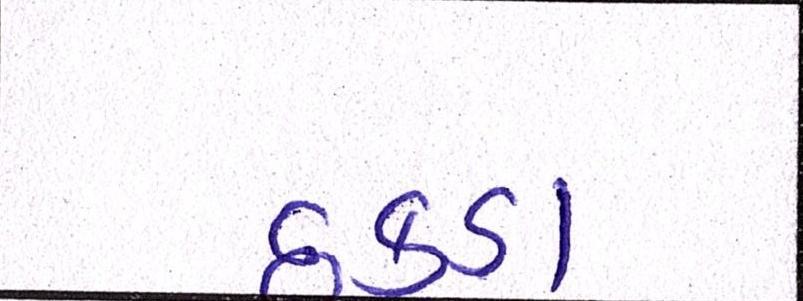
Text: છકડા